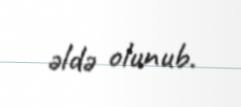
əldə olunub.